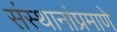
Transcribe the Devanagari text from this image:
संस्थानांप्रमाणे